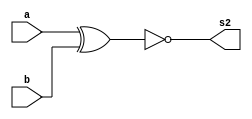
// ------------------------- 
// Exemplo0023 - COMPARATOR 
// Nome: Guilherme Andrade Salum Terra 
// ------------------------- 

// ------------------------- 
// comparador igualdade
// ------------------------- 


// descrever por portas 

module xnorGate (output [5:0] s2,
					 input [5:0] a,
					 input [5:0] b);
assign s2 = ~(a ^ b);
endmodule // xnorGate

module test_comparator; 
// ------------------------- definir dados 
	reg [5:0] a; 
	reg [5:0] b; 
	wire [5:0] igual; 
	
	xnorGate bilara (igual, a, b);

// ------------------------- parte principal 
initial begin 
	$display("Exemplo0023 - Guilherme Terra - 427407"); 
	$display("Test LU's comparador igualdade"); 

// projetar testes do comparador 
	a = 6'b000000; b = 6'b000001;
	$display("\n%b = %b ? %b(1: igual)", a, b, igual);

end 

endmodule // test_comparator